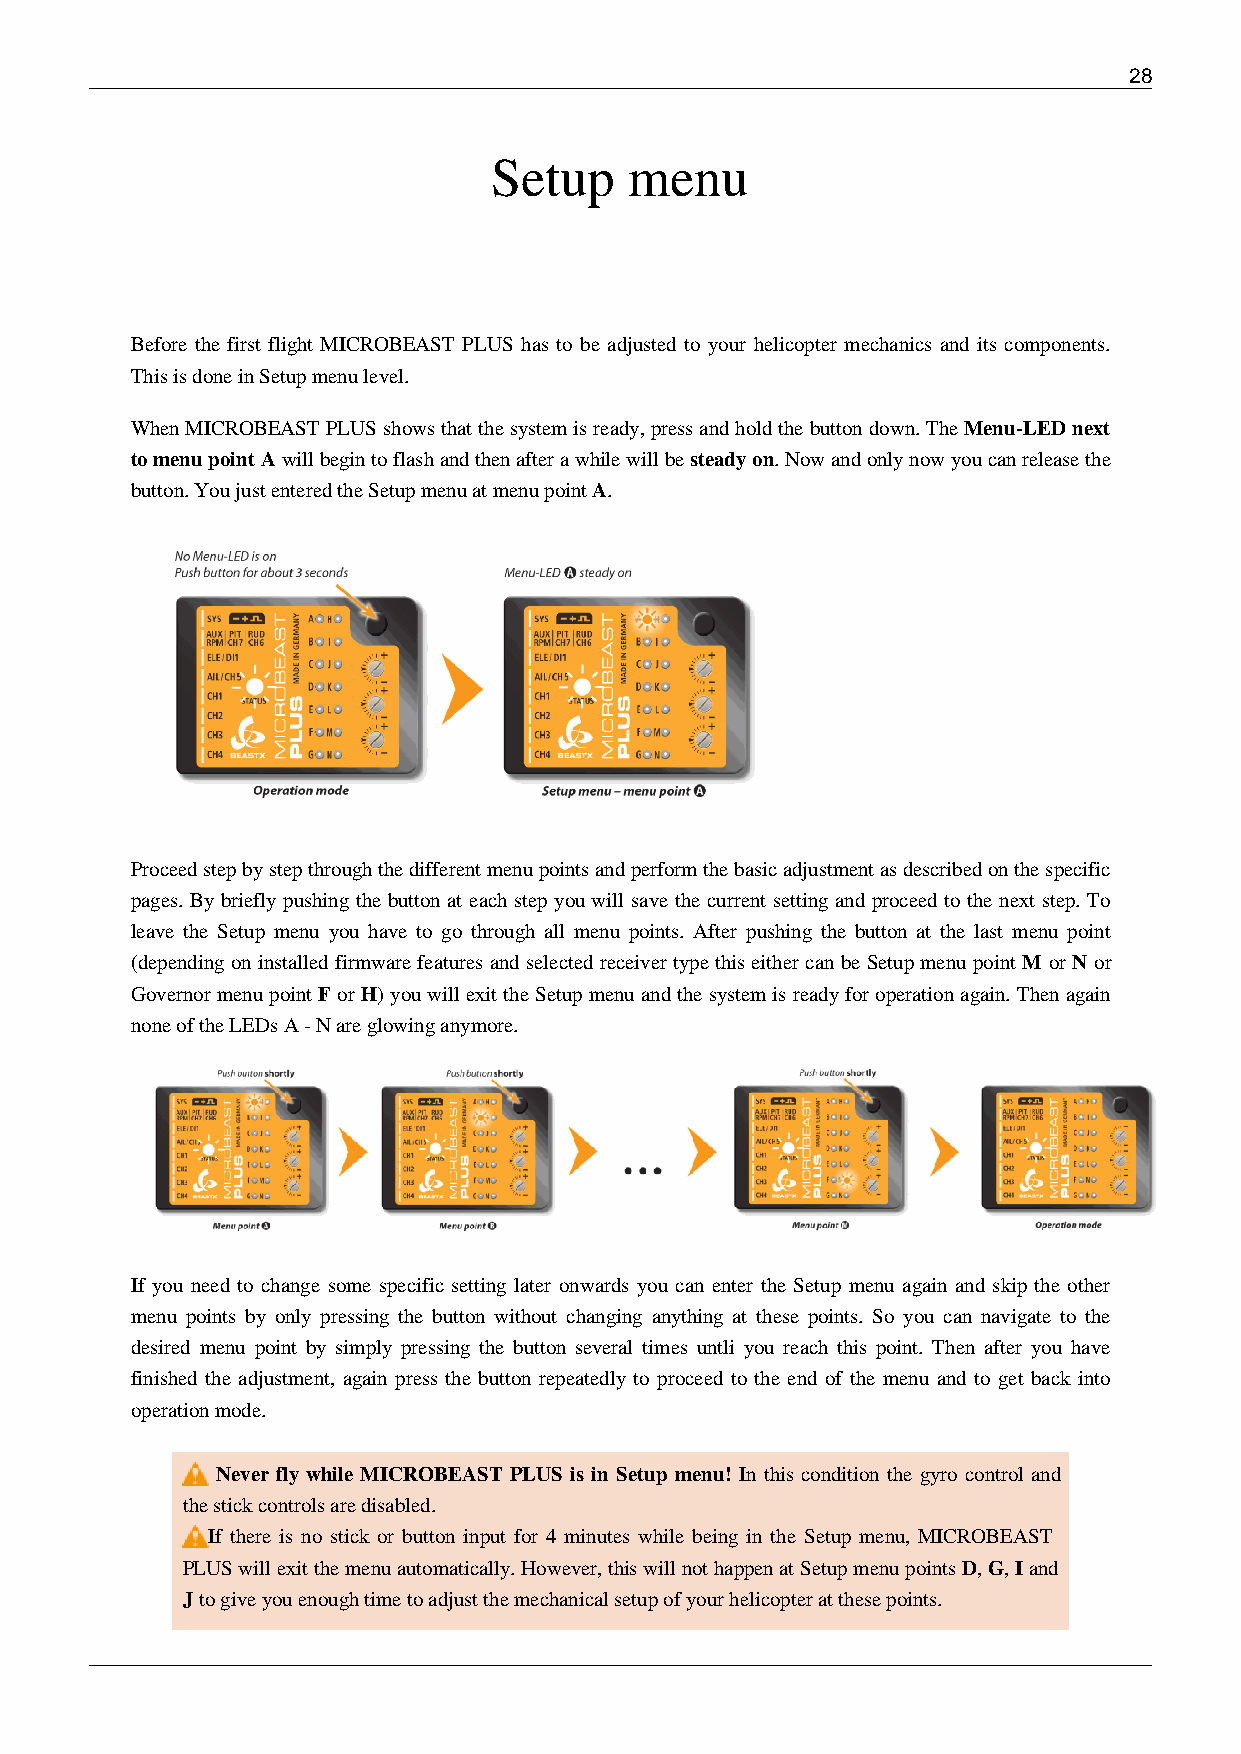
28
 Setup     menu
 Before the first flight MICROBEAST PLUS has to be adjusted to your helicopter mechanics and its components.
 This is done in Setup menu level.
 When MICROBEAST PLUS shows that the system is ready, press and hold the button down. The Menu-LED next
 to menu point A will begin to flash and then after a while will be steady on. Now and only now you can release the
 button. You just entered the Setup menu at menu point A.
 Proceed step by step through the different menu points and perform the basic adjustment as described on the specific
 pages. By briefly pushing the button at each step you will save the current setting and proceed to the next step. To
 leave the Setup menu you have to go through all menu points. After pushing the button at the last menu point
 (depending on installed firmware features and selected receiver type this either can be Setup menu point M or N or
 Governor menu point F or H) you will exit the Setup menu and the system is ready for operation again. Then again
 none of the LEDs A - N are glowing anymore.
 If you need to change some specific setting later onwards you can enter the Setup menu again and skip the other
 menu points by only pressing the button without changing anything at these points. So you can navigate to the
 desired menu point by simply pressing the button several times untli you reach this point. Then after you have
 finished the adjustment, again press the button repeatedly to proceed to the end of the menu and to get back into
 operation mode.
 Never fly while MICROBEAST PLUS is in Setup menu! In this condition the gyro control and
 the stick controls are disabled.
 If there is no stick or button input for 4 minutes while being in the Setup menu, MICROBEAST
 PLUS will exit the menu automatically. However, this will not happen at Setup menu points D, G, I and
 J to give you enough time to adjust the mechanical setup of your helicopter at these points.